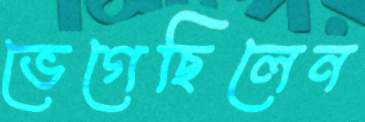
ভেগেছিলেন